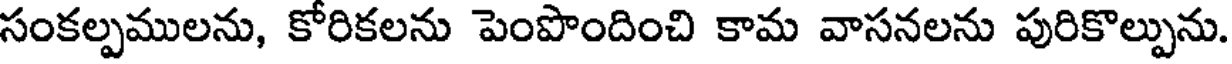
సంకల్పములను, కోరికలను పెంపొందించి కామ వాసనలను పురికొల్పును.